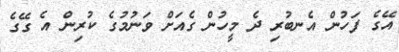
އޭގެ ފަހުން އެނބުރި ދެ މީހުން ގެއަށް ވަނުމުގެ ކުރިން އެ ގޭގެ